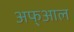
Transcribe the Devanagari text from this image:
अफ्आल